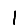
Digit: 1